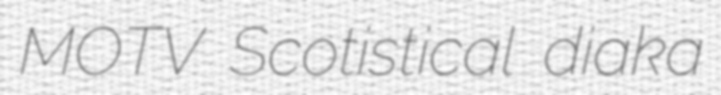
MOTV Scotistical diaka